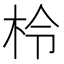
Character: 柃